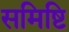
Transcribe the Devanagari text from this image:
समिष्टि